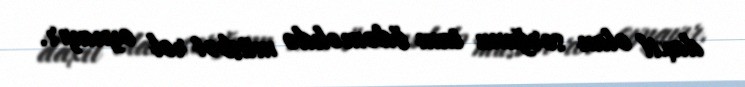
daxil olan sorğunu tam ödəməkdə müsbət rol oynayır.